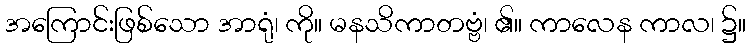
အကြောင်းဖြစ်သော အာရုံ၊ ကို။ မနသိကာတဗ္ဗံ၊ ၏။ ကာလေန ကာလ၊ ၌။